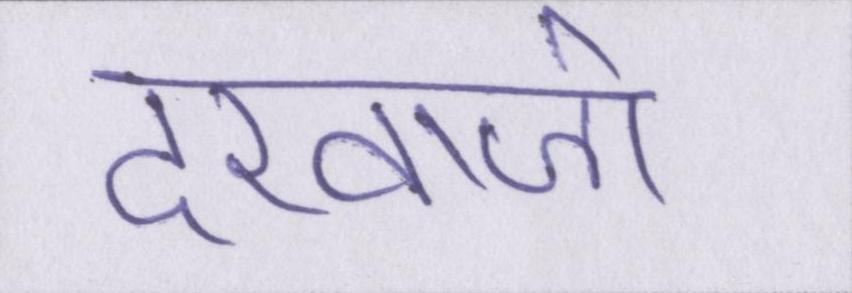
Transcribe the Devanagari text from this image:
दरवाजो